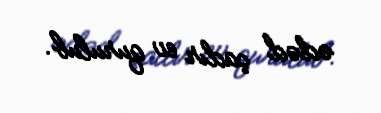
ədəd çadır ev qurulub.